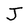
Character: J